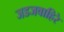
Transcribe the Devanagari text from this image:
जडजवाहिरे